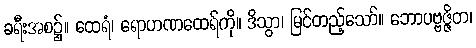
ခရီးအစ၌။ ထေရံ၊ ရောဟဏထေရ်ကို။ ဒိသွာ၊ မြင်တည့်သော်။ ဘောပဗ္ဗဇ္ဇိတ၊